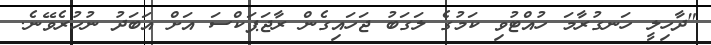
"ދާހިލީ ހަނގުރާމަ ހުއްޓުވި ކަމުގެ ލަގަބު ޖަހައިގެން ރާޖަޕަކްސަ އަށް އަބަދު ނުހުރެވޭނެ.